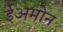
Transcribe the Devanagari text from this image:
ईअमोन